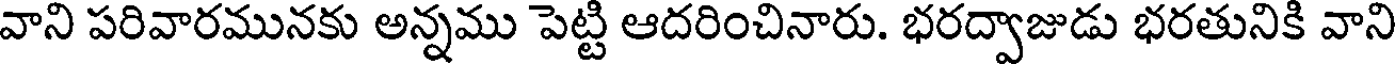
వాని పరివారమునకు అన్నము పెట్టి ఆదరించినారు. భరద్వాజుడు భరతునికి వాని